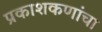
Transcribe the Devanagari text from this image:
प्रकाशकणांचा